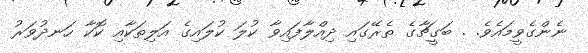
ނެންގެވީމައެވެ. . ބަގީޗާގެ ތެރޭގައި ދިއްލާފައިވާ ކުލަ ކުލައިގެ އަލިތަކާއި ކޮކާ ހަނދުވަރު